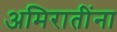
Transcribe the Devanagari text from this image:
अमिरातींना